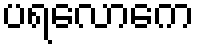
ပရလောကေ